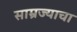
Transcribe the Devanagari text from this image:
साम्रज्याचा